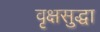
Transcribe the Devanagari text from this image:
वृक्षसुद्धा